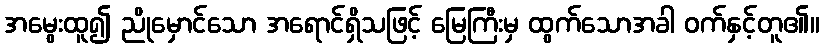
အမွေးထူ၍ ညိုမှောင်သော အရောင်ရှိသဖြင့် မြေကြီးမှ ထွက်သောအခါ ဝက်နှင့်တူ၏။